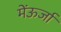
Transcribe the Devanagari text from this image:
मेंऊर्जा